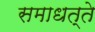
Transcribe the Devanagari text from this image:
समाधत्ते